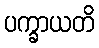
ပက္ခာယတိ